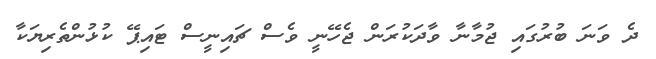
ދެ ވަނަ ބުރުގައި ޖުމާނާ ވާދަކުރަން ޖެހޭނީ ވެސް ޗައިނީސް ޓައިޕޭ ކުޅުންތެރިޔަކާ